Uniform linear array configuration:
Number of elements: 8
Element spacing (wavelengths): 0.25
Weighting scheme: cosine
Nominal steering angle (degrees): -60
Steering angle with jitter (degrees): -58.284
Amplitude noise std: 0.05
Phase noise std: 0.05

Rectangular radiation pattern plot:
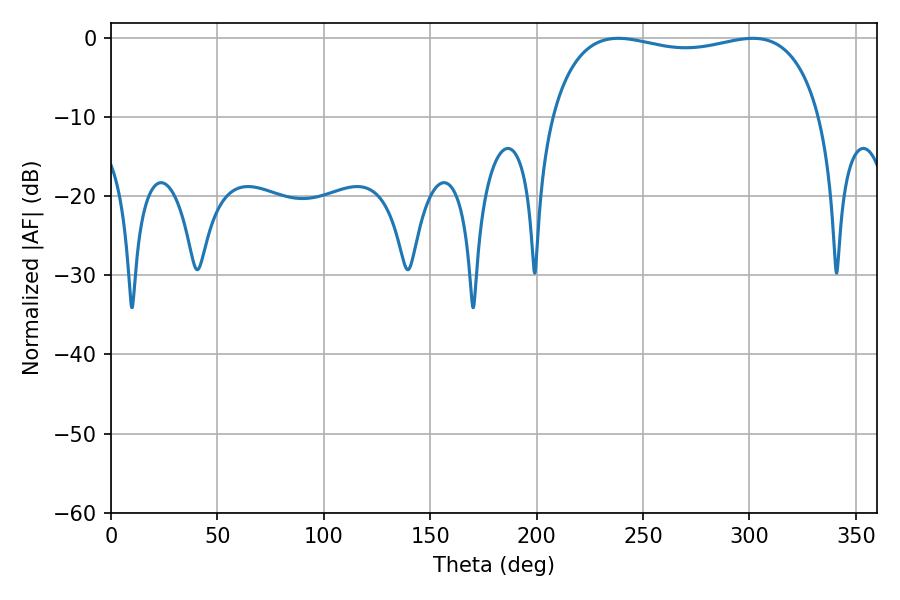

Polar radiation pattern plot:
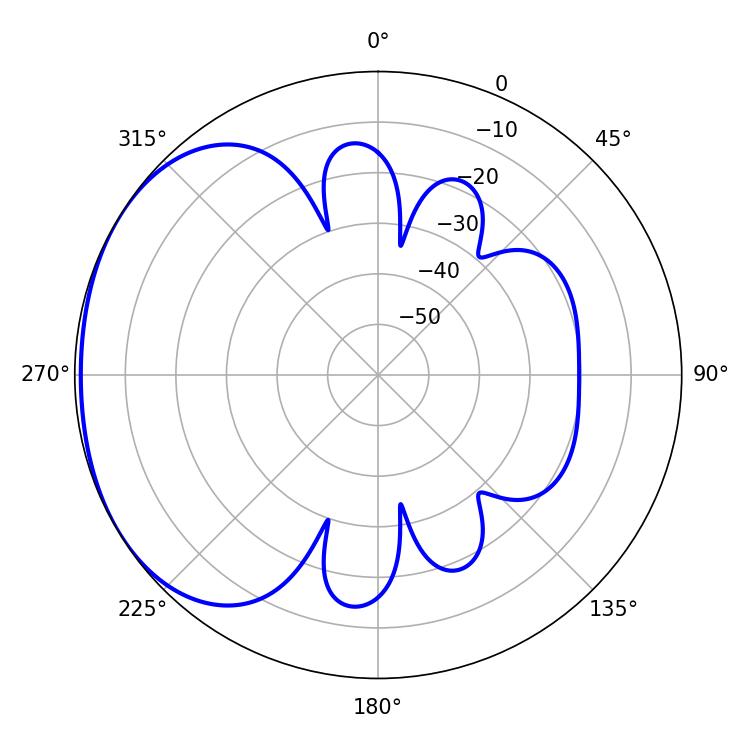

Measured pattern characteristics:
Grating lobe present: FALSE
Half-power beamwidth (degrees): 102.96
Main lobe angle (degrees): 238.32